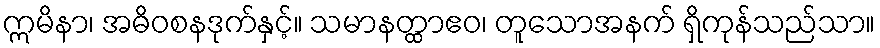
ဣမိနာ၊ အဓိဝစနဒုက်နှင့်။ သမာနတ္ထာဧဝ၊ တူသောအနက် ရှိကုန်သည်သာ။